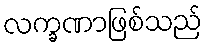
လက္ခဏာဖြစ်သည်